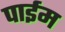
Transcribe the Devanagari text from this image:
पाईम